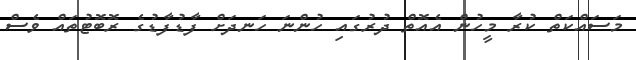
މަސައްކަތް ކުރާ މީހުން އެއޮތް ދުރުގައި ހުންނަ ހަނދަށް ފާޑުފާޑުގެ ރޮބޮޓުތައް ވެސް